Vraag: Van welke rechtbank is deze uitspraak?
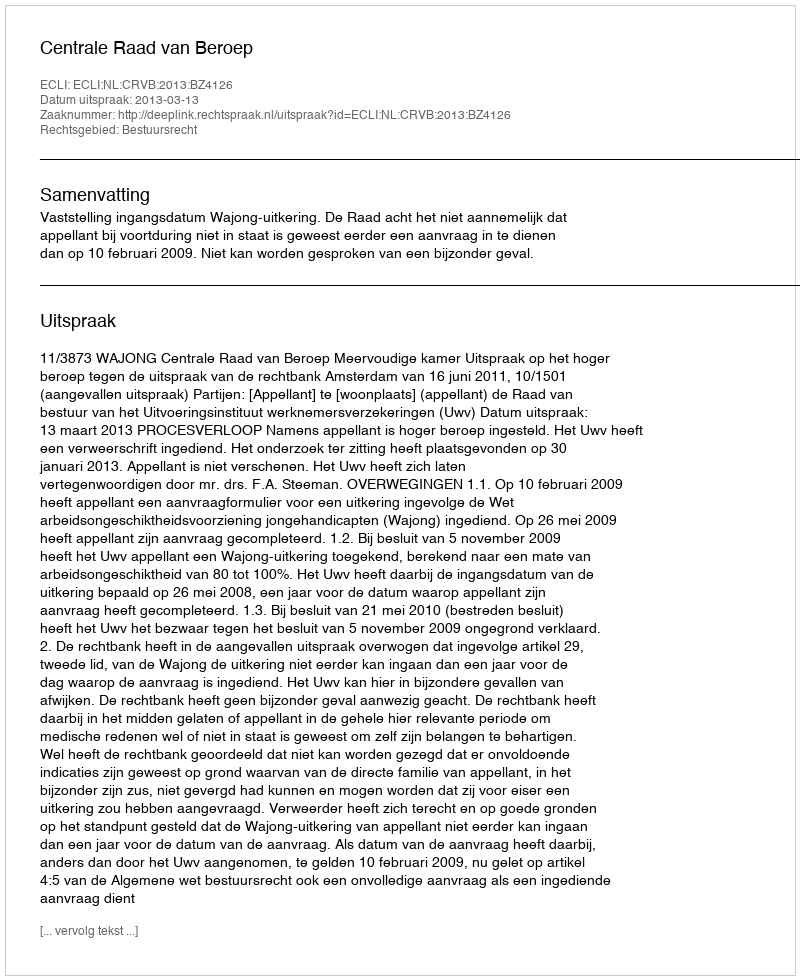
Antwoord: Centrale Raad van Beroep